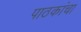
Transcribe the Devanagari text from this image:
पाठकांचा